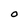
Character: O